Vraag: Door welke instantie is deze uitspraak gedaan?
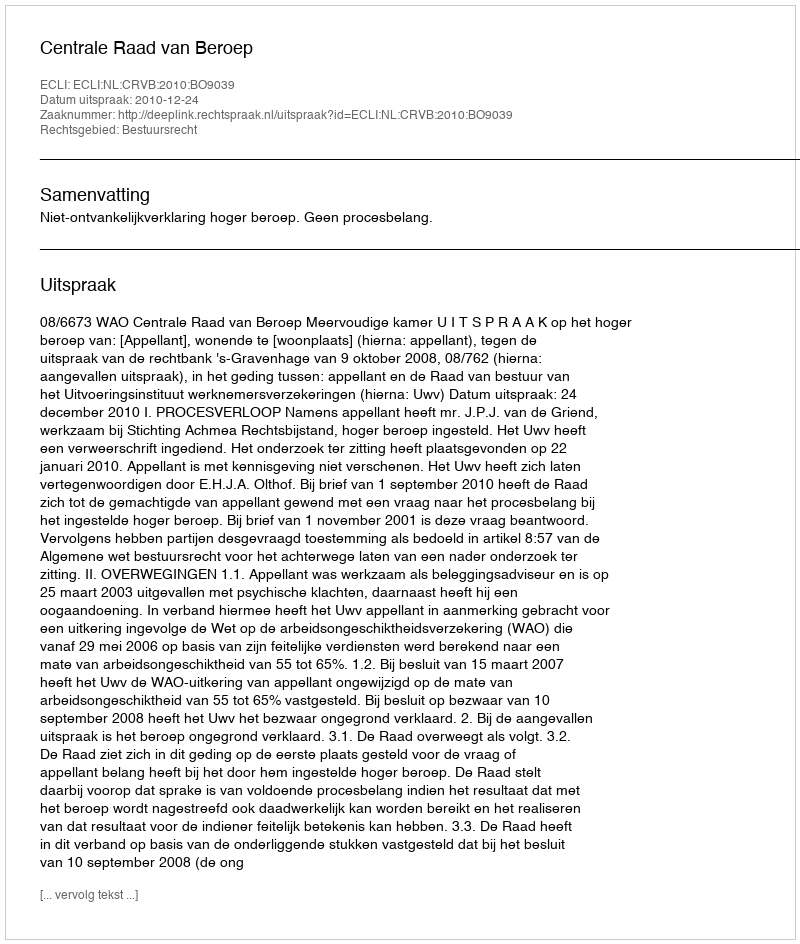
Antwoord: Centrale Raad van Beroep